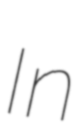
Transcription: In